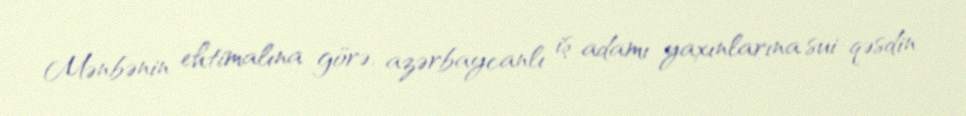
Mənbənin ehtimalına görə, azərbaycanlı iş adamı yaxınlarına sui-qəsdin